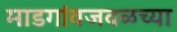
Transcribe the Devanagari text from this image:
माडगांवजवळच्या